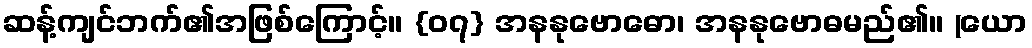
ဆန့်ကျင်ဘက်၏အဖြစ်ကြောင့်။ {၀၇} အနနုဗောဓော၊ အနနုဗောဓမည်၏။ (ယော